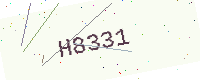
Text: H8331